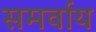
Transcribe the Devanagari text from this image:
समर्वाय